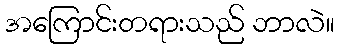
အကြောင်းတရားသည် ဘာလဲ။